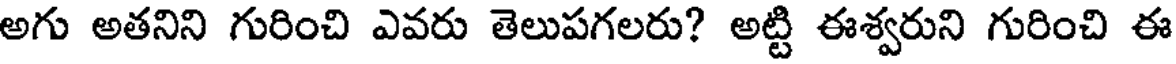
అగు అతనిని గురించి ఎవరు తెలుపగలరు? అట్టి ఈశ్వరుని గురించి ఈ